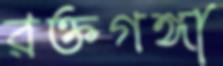
রক্তগঙ্গা